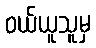
ဝယ်ယူသူမှ